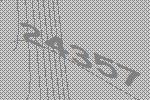
24357